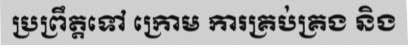
ប្រព្រឹត្តទៅ ក្រោម ការគ្រប់គ្រង និង